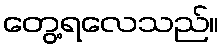
တွေ့ရလေသည်။